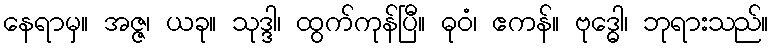
နေရာမှ။ အဇ္ဇ၊ ယခု။ သုဒ္ဒါ၊ ထွက်ကုန်ပြီ။ ဓုဝံ၊ ဧကန်။ ဗုဒ္ဓေါ၊ ဘုရားသည်။